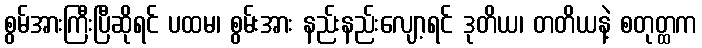
စွမ်အားကြီးပြီဆိုရင် ပထမ၊ စွမ်းအား နည်းနည်းလျော့ရင် ဒုတိယ၊ တတိယနဲ့ စတုတ္ထက